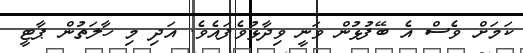
ކަމަށް ވެސް އެ ބޭފުޅުން ވަނީ ވިދާޅުވެފައެވެ. އަދި މި ހާލަތުން ޕާޓީ